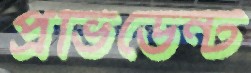
প্রভিডেন্ট